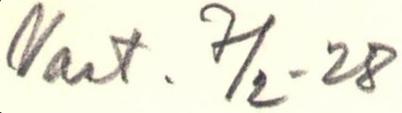
Vast. 7/2 - 28